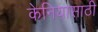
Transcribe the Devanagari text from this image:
केनियासाठी